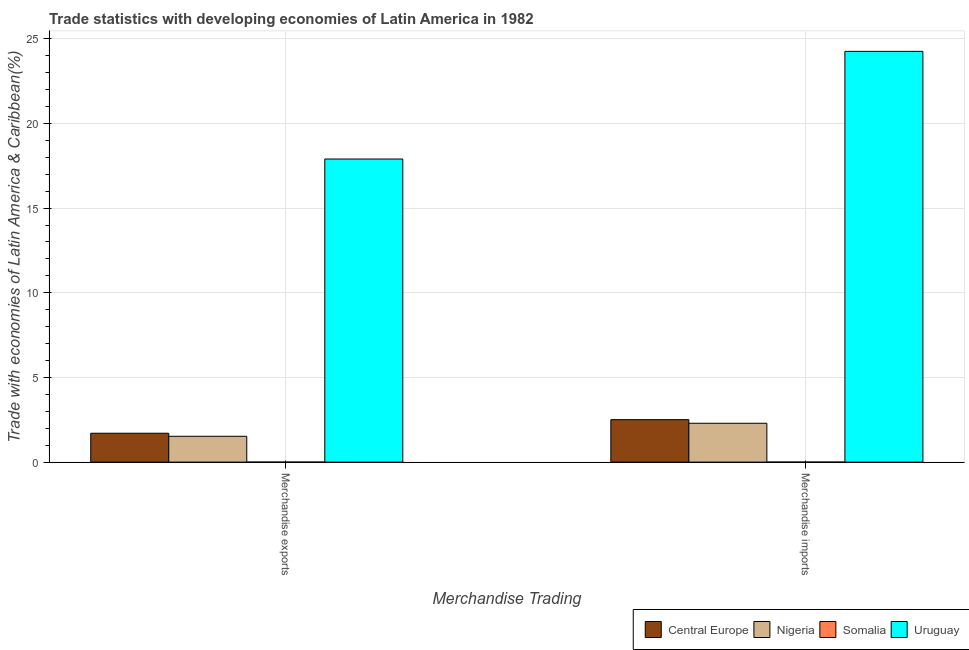
| Merchandise Trading | Central Europe | Nigeria | Somalia | Uruguay |
 | --- | --- | --- | --- | --- |
 | Merchandise exports | 1.71 | 1.53 | 0.000502 | 17.9 |
 | Merchandise imports | 2.51 | 2.3 | 0.00121 | 24.3 |